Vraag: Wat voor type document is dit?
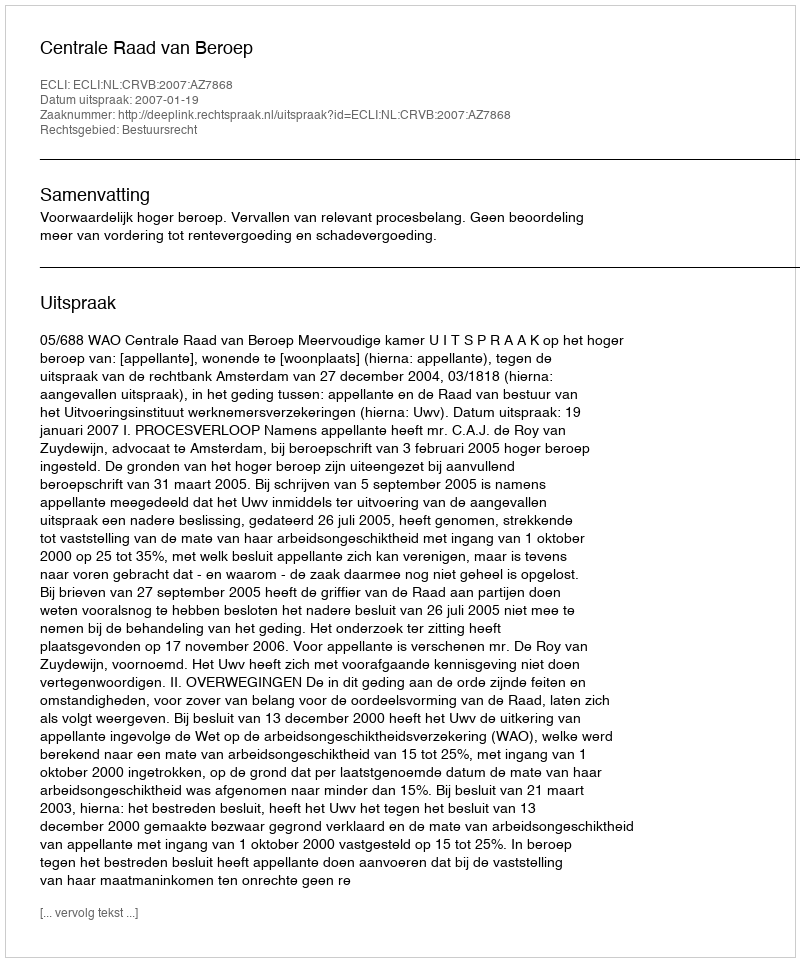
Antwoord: Uitspraak